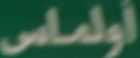
اولماس